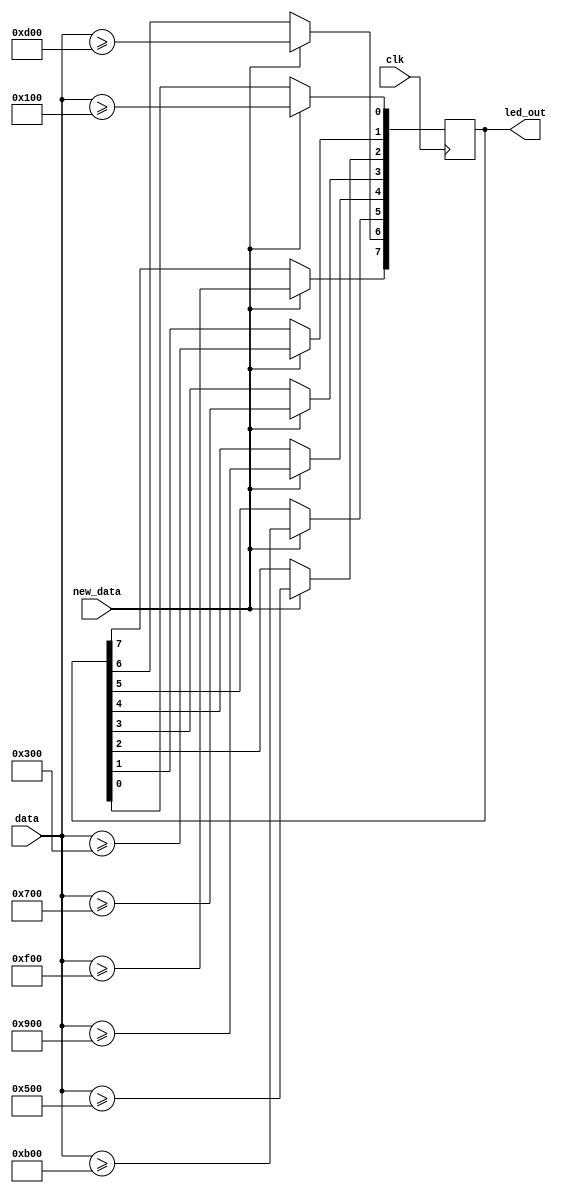
module led_interface
	(
		input clk,
		input new_data,
		input wire [11:0] data,
		output reg [7:0] led_out	
	);
	
	always @(posedge clk) begin
		if (new_data) begin
			led_out[0] <= (data >= 256);
			led_out[1] <= (data >= 768);
			led_out[2] <= (data >= 1280);
			led_out[3] <= (data >= 1792);
			led_out[4] <= (data >= 2304);
			led_out[5] <= (data >= 2816);
			led_out[6] <= (data >= 3328);
			led_out[7] <= (data >= 3840);
		end																			
	end
	
endmodule